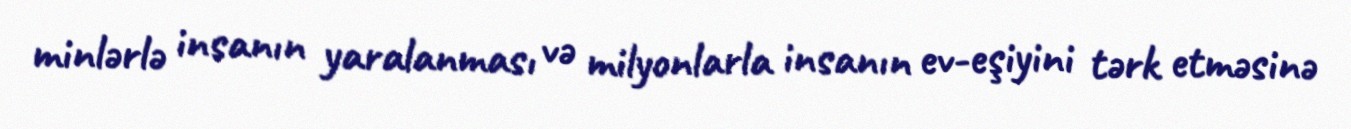
minlərlə insanın yaralanması və milyonlarla insanın ev-eşiyini tərk etməsinə